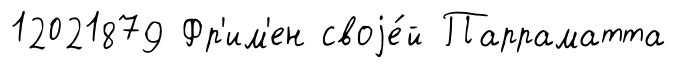
12021879 Фр'им'ен своjе́й Парраматта